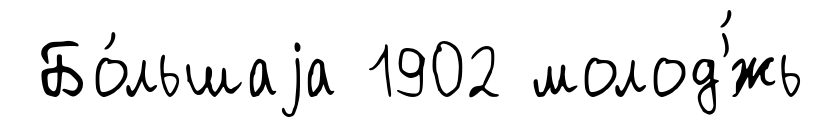
Бо́льшаjа 1902 молод'́жь